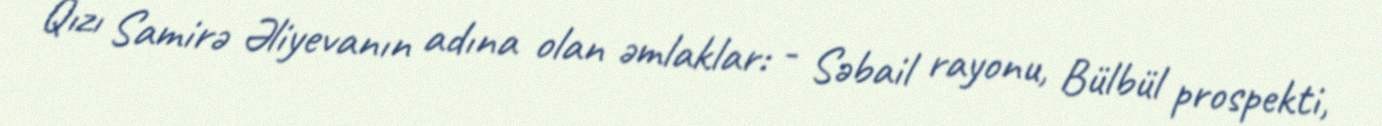
Qızı Samirə Əliyevanın adına olan əmlaklar: - Səbail rayonu, Bülbül prospekti,